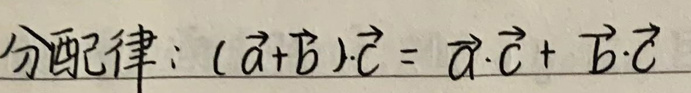
分配律：\((\vec{a}+\vec{b})\cdot\vec{c}=\vec{a}\cdot\vec{c}+\vec{b}\cdot\vec{c}\)